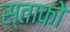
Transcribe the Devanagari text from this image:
स्ताको